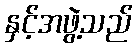
နှင့်အဖွဲ့သည်